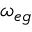
\omega _ { e g }